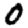
Digit: 0